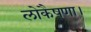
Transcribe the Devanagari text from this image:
लोकैषणा।